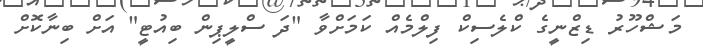
މަޝްހޫރު ޑިޒްނީގެ ކްލެސިކް ފިލްމެއް ކަމަށްވާ "ދަ ސްލީޕިން ބިއުޓީ" އަށް ބިނާކޮށް